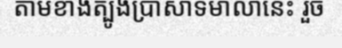
តាមខាងត្បូងប្រាសាទមាលានេះ រួច